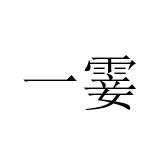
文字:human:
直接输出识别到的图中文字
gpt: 一霎